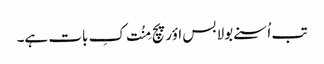
تب اُسنے بولا بس اؤر پچ مِنُت کِ بات ہے۔